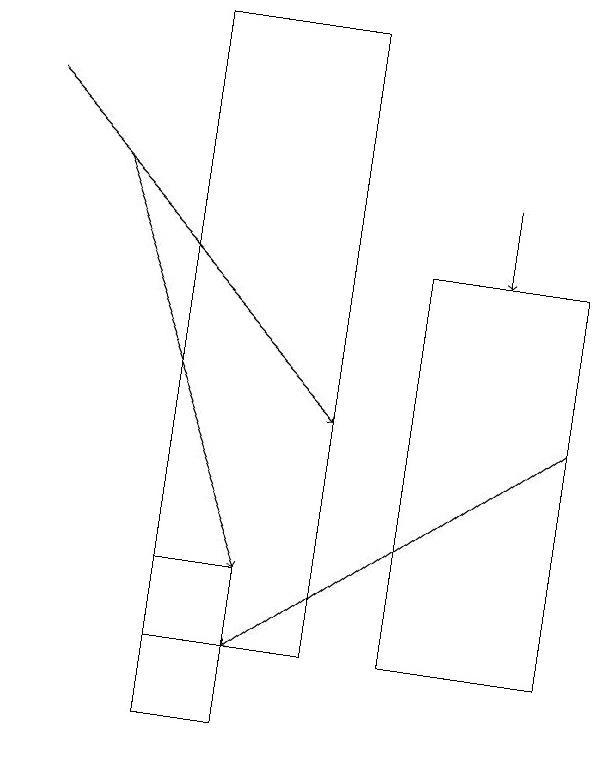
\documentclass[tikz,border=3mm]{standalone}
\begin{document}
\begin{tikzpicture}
\draw[->] (1,18) -- (5,14);
\draw (3,12) rectangle (4,10);
\draw (6,16) rectangle (8,11);
\draw[->] (2,17) -- (4,12);
\draw[->] (8,14) -- (4,11);
\draw[->] (7,17) -- (7,16);
\draw (5,19) rectangle (3,11);
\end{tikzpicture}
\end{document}